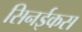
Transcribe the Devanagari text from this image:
सिनईकस